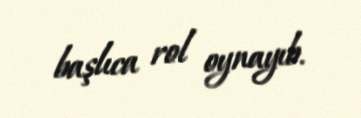
başlıca rol oynayıb.